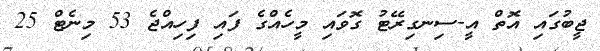
ޖީބުގައި އޮތް އީ-ސިނގިރޭޓު ގޮވައި މީހެއްގެ ފައި ފިހިއްޖެ 53 މިނެޓް 25